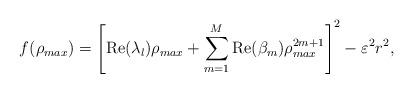
LaTeX: \begin{align*}f(\rho_{max})=\left[\mbox{Re}(\lambda_l)\rho_{max}+\sum_{m=1}^M \mbox{Re}(\beta_m)\rho_{max}^{2m+1}\right]^2-\varepsilon^2r^2,\end{align*}